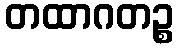
တထာဂတဉ္စ